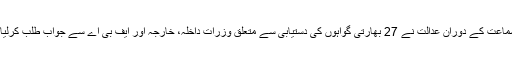
سماعت کے دوران عدالت نے 27 بھارتی گواہوں کی دستیابی سے متعلق وزرات داخلہ، خارجہ اور ایف بی اے سے جواب طلب کرلیا ۔